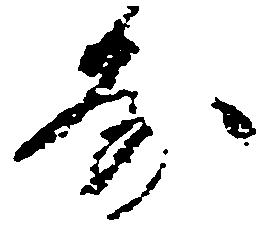
房